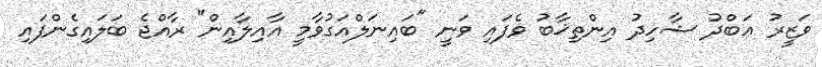
ވަޒީރު ޢަބްދު ޝާހިދު އިންތިޚާބު ވެފައި ވަނީ "ބައިނަލްއަގުވާމީ އާއިލާއިން" ރާއްޖެ ބަލައިގެންފައި